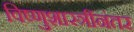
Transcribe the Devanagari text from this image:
विष्णुशास्त्रींनंतर